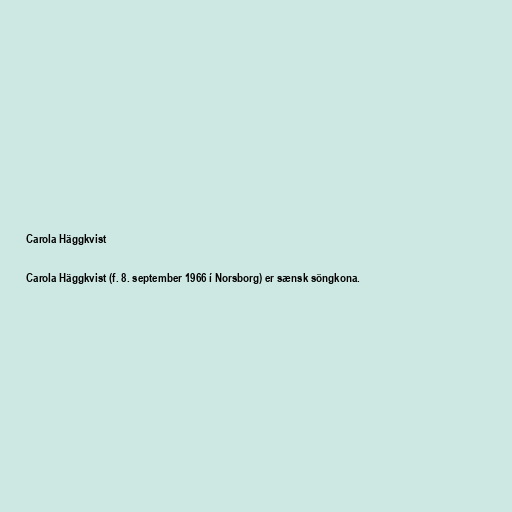
Carola Häggkvist

Carola Häggkvist (f. 8. september 1966 í Norsborg) er sænsk söngkona.